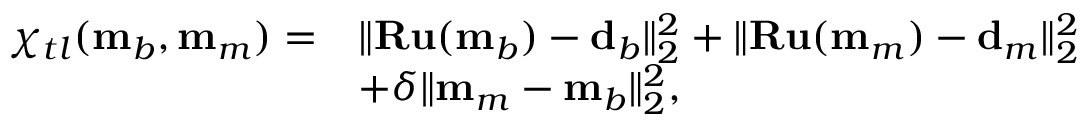
\begin{array} { r l } { \chi _ { t l } ( \mathbf { m } _ { b } , \mathbf { m } _ { m } ) = } & { \| \mathbf { R u } ( \mathbf { m } _ { b } ) - \mathbf { d } _ { b } \| _ { 2 } ^ { 2 } + \| \mathbf { R u } ( \mathbf { m } _ { m } ) - \mathbf { d } _ { m } \| _ { 2 } ^ { 2 } } \\ & { + \delta \| \mathbf { m } _ { m } - \mathbf { m } _ { b } \| _ { 2 } ^ { 2 } , } \end{array}